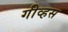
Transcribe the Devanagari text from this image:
गीव्हस